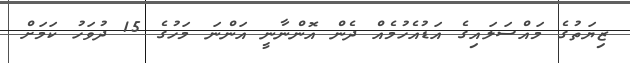
ޒިޔަތުގެ މައްސަލައިގެ އަޑުއެހުމެއް ދެން އޮންނާނީ އަންނަ މަހުގެ 15 ދުވަހު ކަމަށް